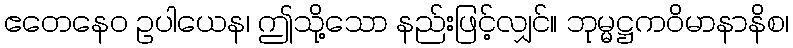
ဧတေနေဝ ဥပါယေန၊ ဤသို့သော နည်းဖြင့်လျှင်။ ဘုမ္မဋ္ဌကဝိမာနာနိစ၊